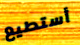
أستطيع